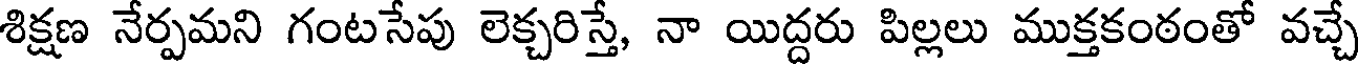
శిక్షణ నేర్పమని గంటసేపు లెక్చరిస్తే, నా యిద్దరు పిల్లలు ముక్తకంఠంతో వచ్చే